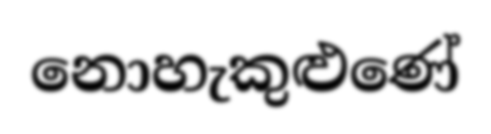
නොහැකුළුණේ